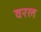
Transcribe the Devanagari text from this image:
वरल